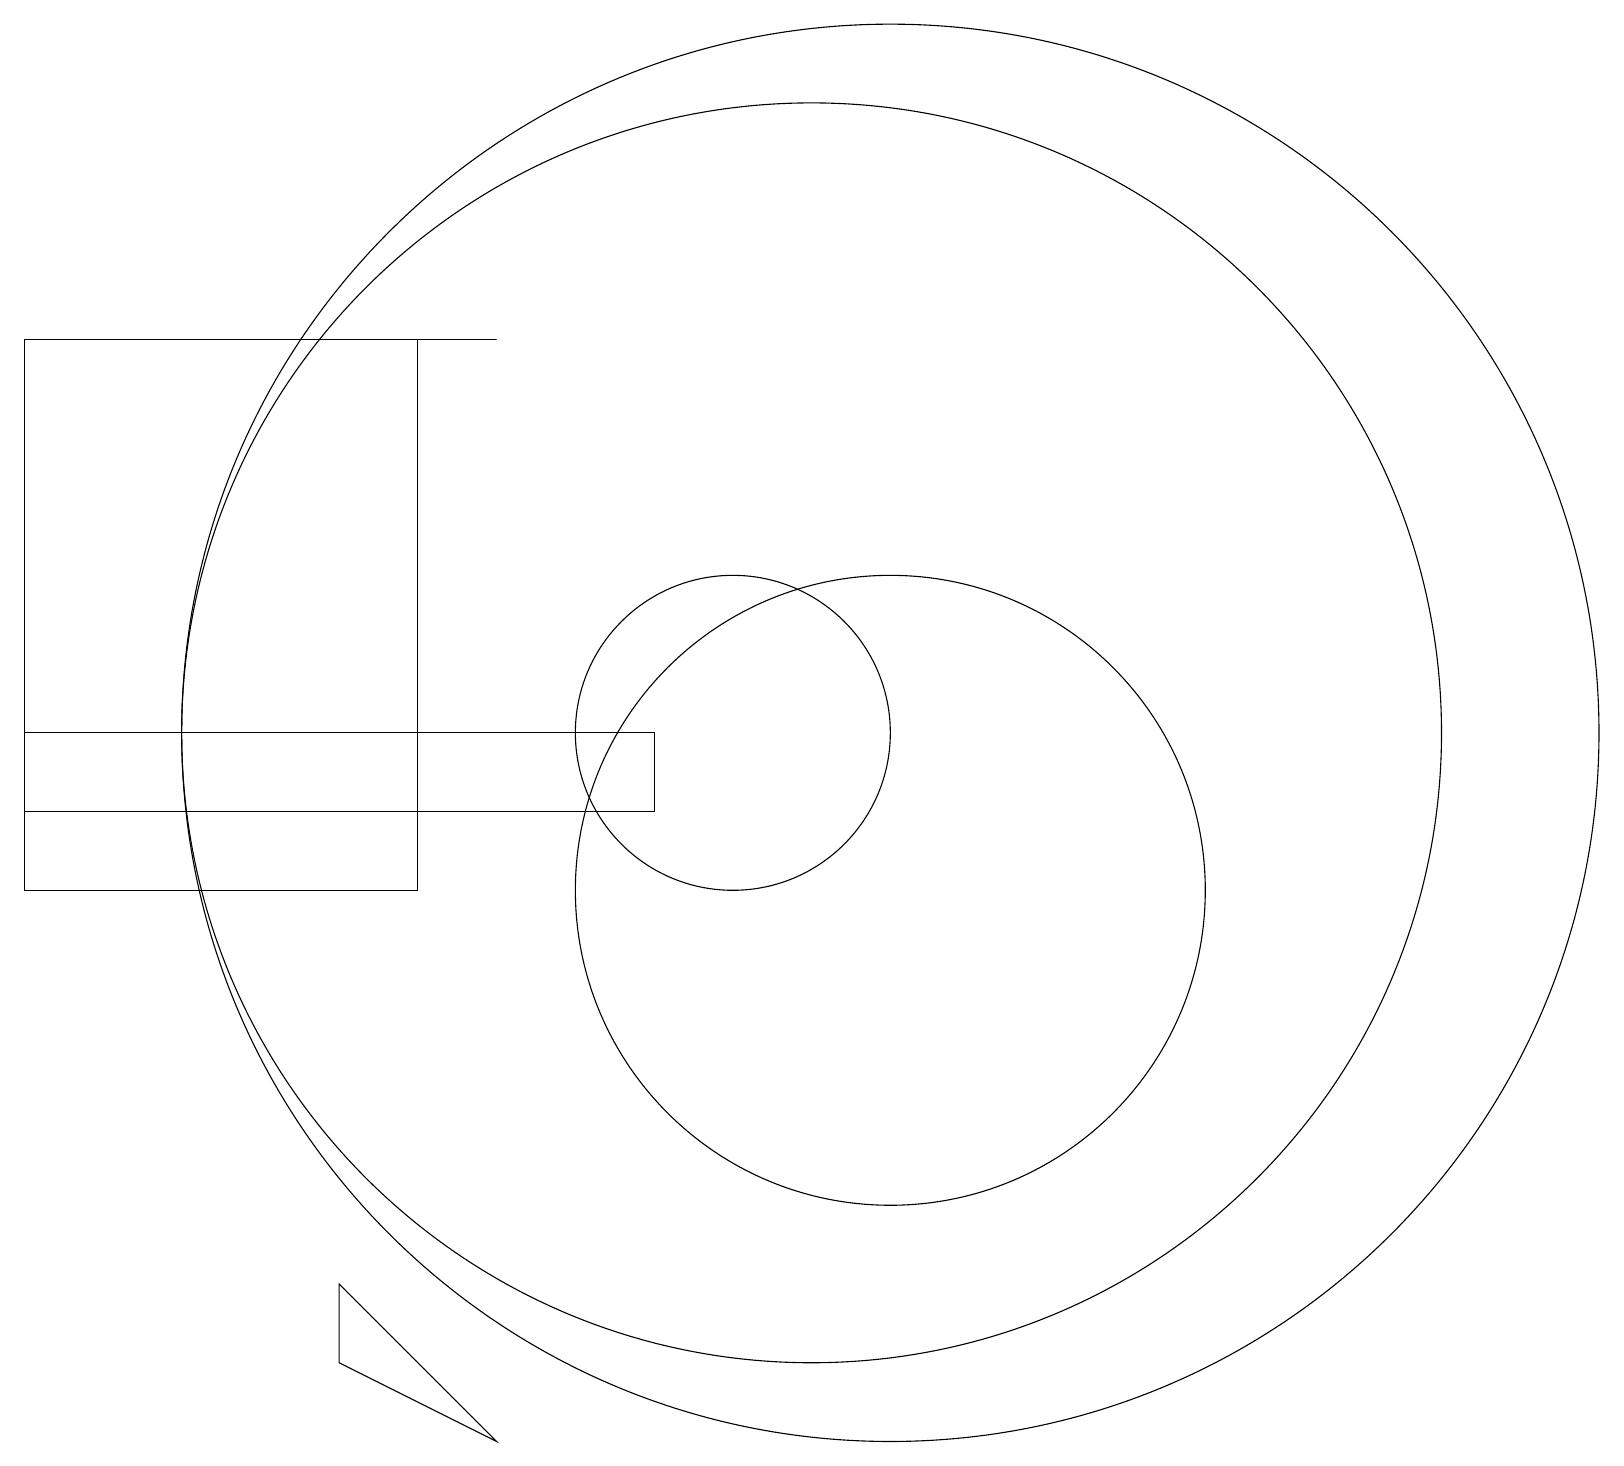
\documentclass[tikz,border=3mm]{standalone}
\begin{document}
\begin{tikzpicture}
\draw (11,12) circle (8);
\draw (10,12) circle (2);
\draw (9,11) rectangle (1,12);
\draw (12,10) circle (4);
\draw (7,17) rectangle (6,17);
\draw (12,12) circle (9);
\draw (6,10) rectangle (1,17);
\draw (5,4) -- (5,5) -- (7,3) -- cycle;
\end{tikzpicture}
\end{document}